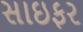
સાઇફર